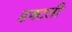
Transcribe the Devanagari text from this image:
डक्टली